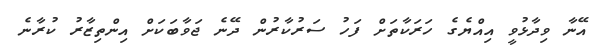
އޭނާ ވިދާޅުވީ އިއްޔެގެ ހަރަކާތަށް ފަހު ސަރުކާރުން ދޭނެ ޖަވާބަކަށް އިންތިޒާރު ކުރާނެ